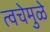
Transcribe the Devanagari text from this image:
त्वचेमुळे